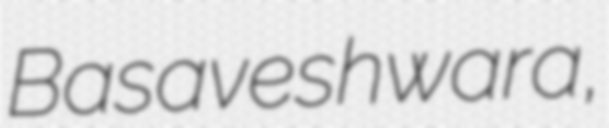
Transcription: Basaveshwara,